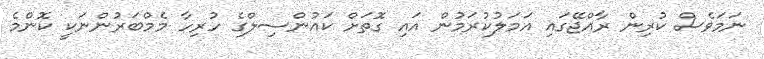
ނަމަވެސް ކުރިން ރާއްޖޭގައި އަމަލުކުރަމުން އައި ގޮތަށް ކައުންސިލްގެ ހުރިހާ މެމްބަރުންނަކީ ކޮންމެ